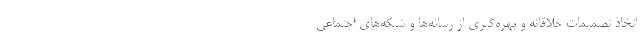
اتخاذ تصمیمات خلاقانه و بهره‌گیری از رسانه‌ها و شبکه‌های اجتماعی